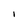
Character: i